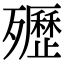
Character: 㱹